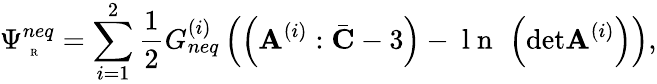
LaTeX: \Psi_{\mathrm{~\tiny~R~}}^{neq}=\sum_{i=1}^{2}\frac{1}{2}G_{neq}^{(i)}\left(\left(\mathbf{A}^{(i)}:\bar{\mathbf{C}}-3\right)-\mathrm{~l~n~}\, \left(\mathrm{det}\mathbf{A}^{(i)}\right)\right),